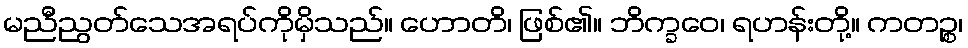
မညီညွတ်သေအရပ်ကိုမှိသည်။ ဟောတိ၊ ဖြစ်၏။ ဘိက္ခဝေ၊ ရဟန်းတို့။ ကတဉ္စ၊